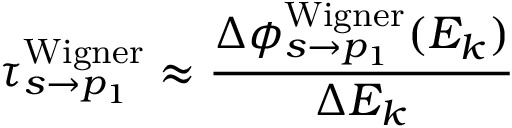
\tau _ { s \rightarrow p _ { 1 } } ^ { \mathrm { { W i g n e r } } } \approx \frac { \Delta \phi _ { s \rightarrow p _ { 1 } } ^ { \mathrm { { W i g n e r } } } ( E _ { k } ) } { \Delta E _ { k } }